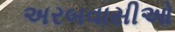
અરબવાસીઓ